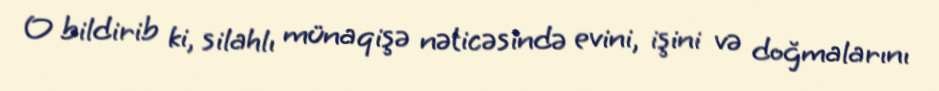
O bildirib ki, silahlı münaqişə nəticəsində evini, işini və doğmalarını